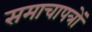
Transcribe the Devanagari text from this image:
समाचापत्रों